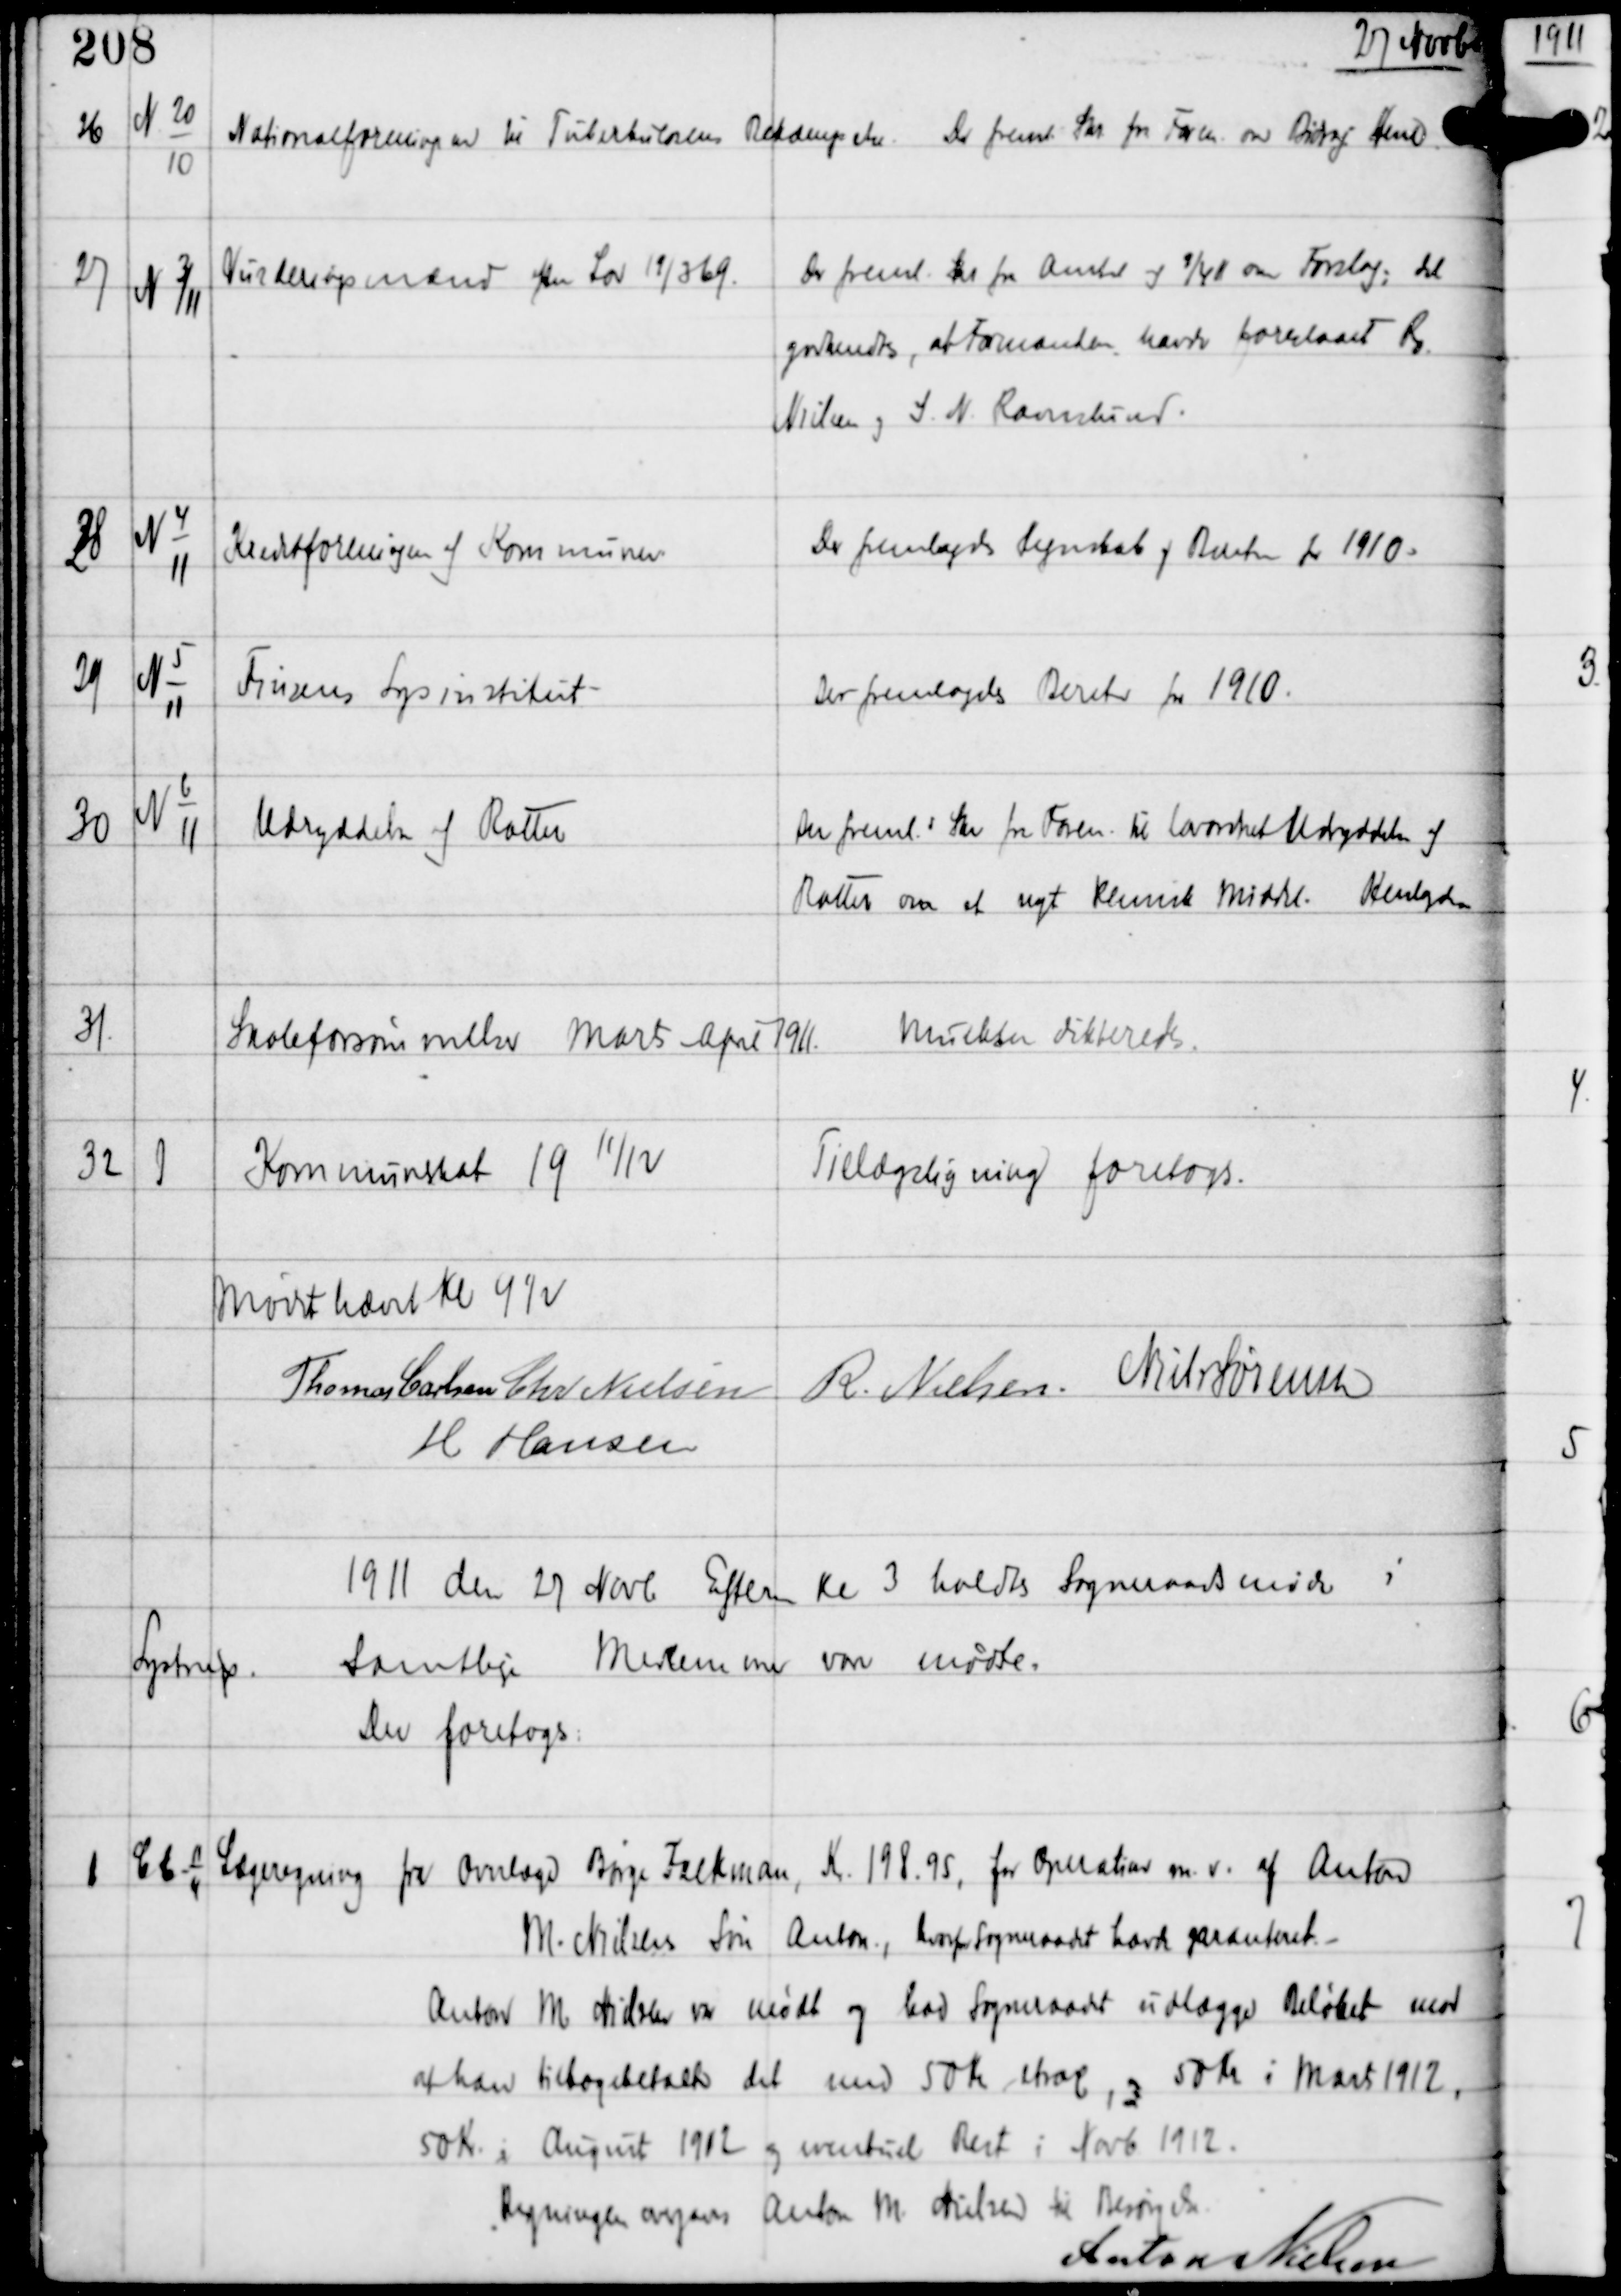
Transskription:
27 Novbr

26

N-20
10

Nationalforeningen til Tuberkulosens Bekæmpelse

Der freml Skr fra Foren om Bidrag. Henl

27

N 3/11

Vurderingsmænd efter Lov 19/3 69.

Der freml Skr fra Amtet af 9/4 11 om Forslag: Det
godkendtes, at Formanden havde foreslaaet Rs.
Nielsen og S. N. Ravnslund.

28

N 4
11

Kreditforeningen af Kommuner

Der fremlagdes Regnskab og Beretn for 1910.

29

N 5
11

Finsens Lysinstitut

Der fremlagdes Beretn for 1910.

30

N 6
11

Udryddelse af Rotter

Der fremls Skr fra Foren til Lovønsket Udrydelse af
Rotter om et nyt Kemisk Middel. Henlagdes

31

Skoleforsømmelser Marts - April 1911.

Mulkter dikteredes.

32

J

Kommuneskat 19 11/12

Tillægsligning foretoges.

Mødet hævet Kl 4½
Thomas Carlsen Chr Nielsen
R. Nielsen Niels Sørensen
H Hansen

1911 den 27 Novb Efterm Kl 3 holdtes Sogneraadsmøde i
Lystrup.
Samtlige Medlemmer vare mødte.
Der foretoges:

1

Cb-11
11

Lægeregning fra Overlæge Børge Falkman Kr 198.95 for Operation m.v. af Anton
M. Nielsens Søn Anton, hvorfor Sogneraadet havde garanteret. -
Anton M Nielsen var mødt og bad Sogneraadet udlægge Beløbet mod
at han tilbagebetalte det med 50 Kr strax, og 50 Kr i Marts 1912,
50 Kr i August 1912 og eventuel Rest i Novb 1912.
Regningen overgaves Anton M. Nielsen til Besørgelse.
Anton Nielsen